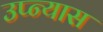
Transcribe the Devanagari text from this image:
उप्न्यास